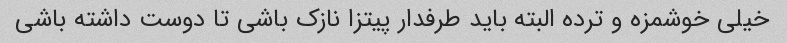
خیلی خوشمزه و ترده البته باید طرفدار پیتزا نازک باشی تا دوست داشته باشی